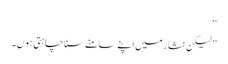
‘‘
’’لیکن نثار میں اپنے سامنے سنا چاہتی ہوں۔